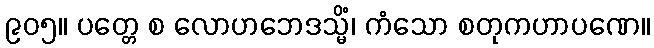
၉၀၅။ ပတ္တေ စ လောဟဘေဒသ္မိံ၊ ကံသော စတုကဟာပဏေ။